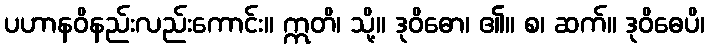
ပဟာနဝိနည်းလည်းကောင်း။ ဣတိ၊ သို့။ ဒုဝိဓော၊ ၏။ စ၊ ဆက်။ ဒုဝိဓေပိ၊